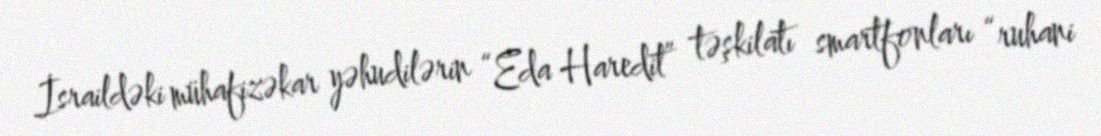
İsraildəki mühafizəkar yəhudilərin “Eda Haredit” təşkilatı smartfonları “ruhani